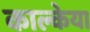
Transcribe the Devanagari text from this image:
काल्केया